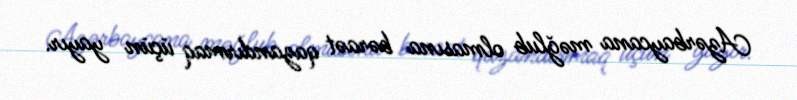
Azərbaycana məğlub olmasına bəraət qazandırmaq üçün yayır.